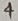
Text: 4